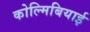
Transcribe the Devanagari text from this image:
कोल्मिबियाई